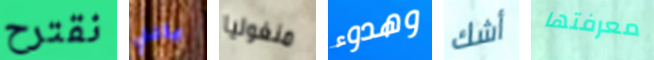
نقترح يافتي منغوليا وهدوء أشك معرفتها